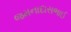
જમનાદાસભાઈ